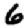
Digit: 6